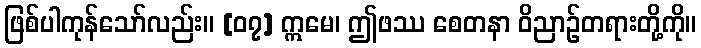
ဖြစ်ပါကုန်သော်လည်း။ [၀၇] ဣမေ၊ ဤဖဿ စေတနာ ဝိညာဉ်တရားတို့ကို။